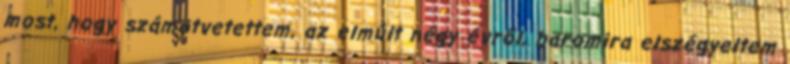
most, hogy számotvetettem, az elmúlt négy évről, baromira elszégyeltem